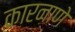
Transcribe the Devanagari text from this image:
कारनाणे